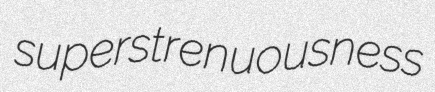
superstrenuousness